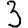
Digit: 3